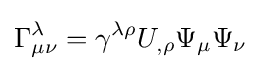
\Gamma _{\mu \nu }^{\lambda }=\gamma ^{\lambda \rho }U_{,\rho }\Psi _{\mu }\Psi _{\nu }